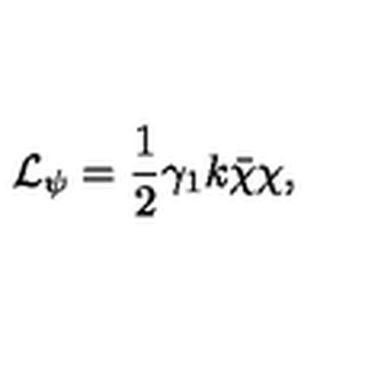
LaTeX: { \cal L } _ { \psi } = \frac { 1 } { 2 } \gamma _ { 1 } k \bar { \chi } \chi ,